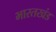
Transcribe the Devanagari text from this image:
भारतखंड